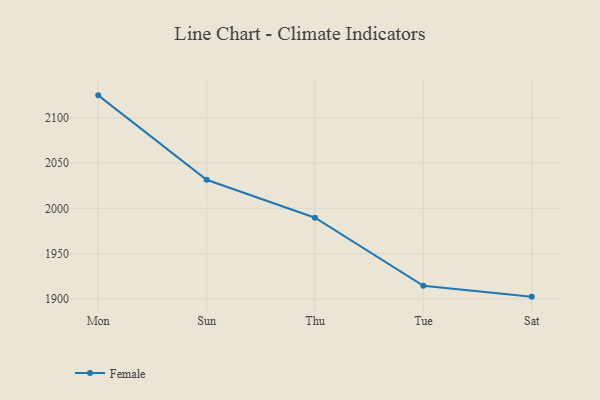
{"axis": {"x": "Day", "y": "Waste Production (Tons)"}, "legend": ["Female"], "data": [{"x": "Mon", "y": 2124.7, "type": "Female"}, {"x": "Sun", "y": 2031.5, "type": "Female"}, {"x": "Thu", "y": 1989.6, "type": "Female"}, {"x": "Tue", "y": 1914.5, "type": "Female"}, {"x": "Sat", "y": 1902.5, "type": "Female"}]}